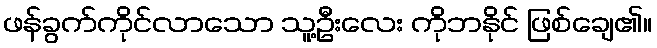
ဖန်ခွက်ကိုင်လာသော သူ့ဦးလေး ကိုဘနိုင် ဖြစ်ချေ၏။